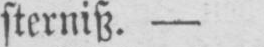
sterniß. -